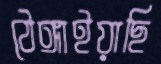
ঠেঙ্গাইয়াছি